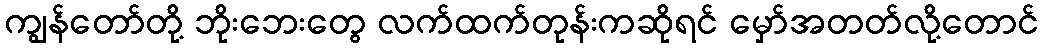
ကျွန်တော်တို့ ဘိုးဘေးတွေ လက်ထက်တုန်းကဆိုရင် မှော်အတတ်လို့တောင်